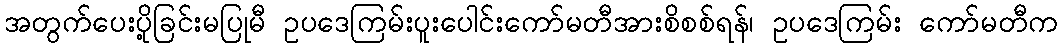
အတွက်ပေးပို့ခြင်းမပြုမီ ဥပဒေကြမ်းပူးပေါင်းကော်မတီအားစိစစ်ရန်၊ ဥပဒေကြမ်း ကော်မတီက